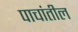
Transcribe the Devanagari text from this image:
पाचांतील